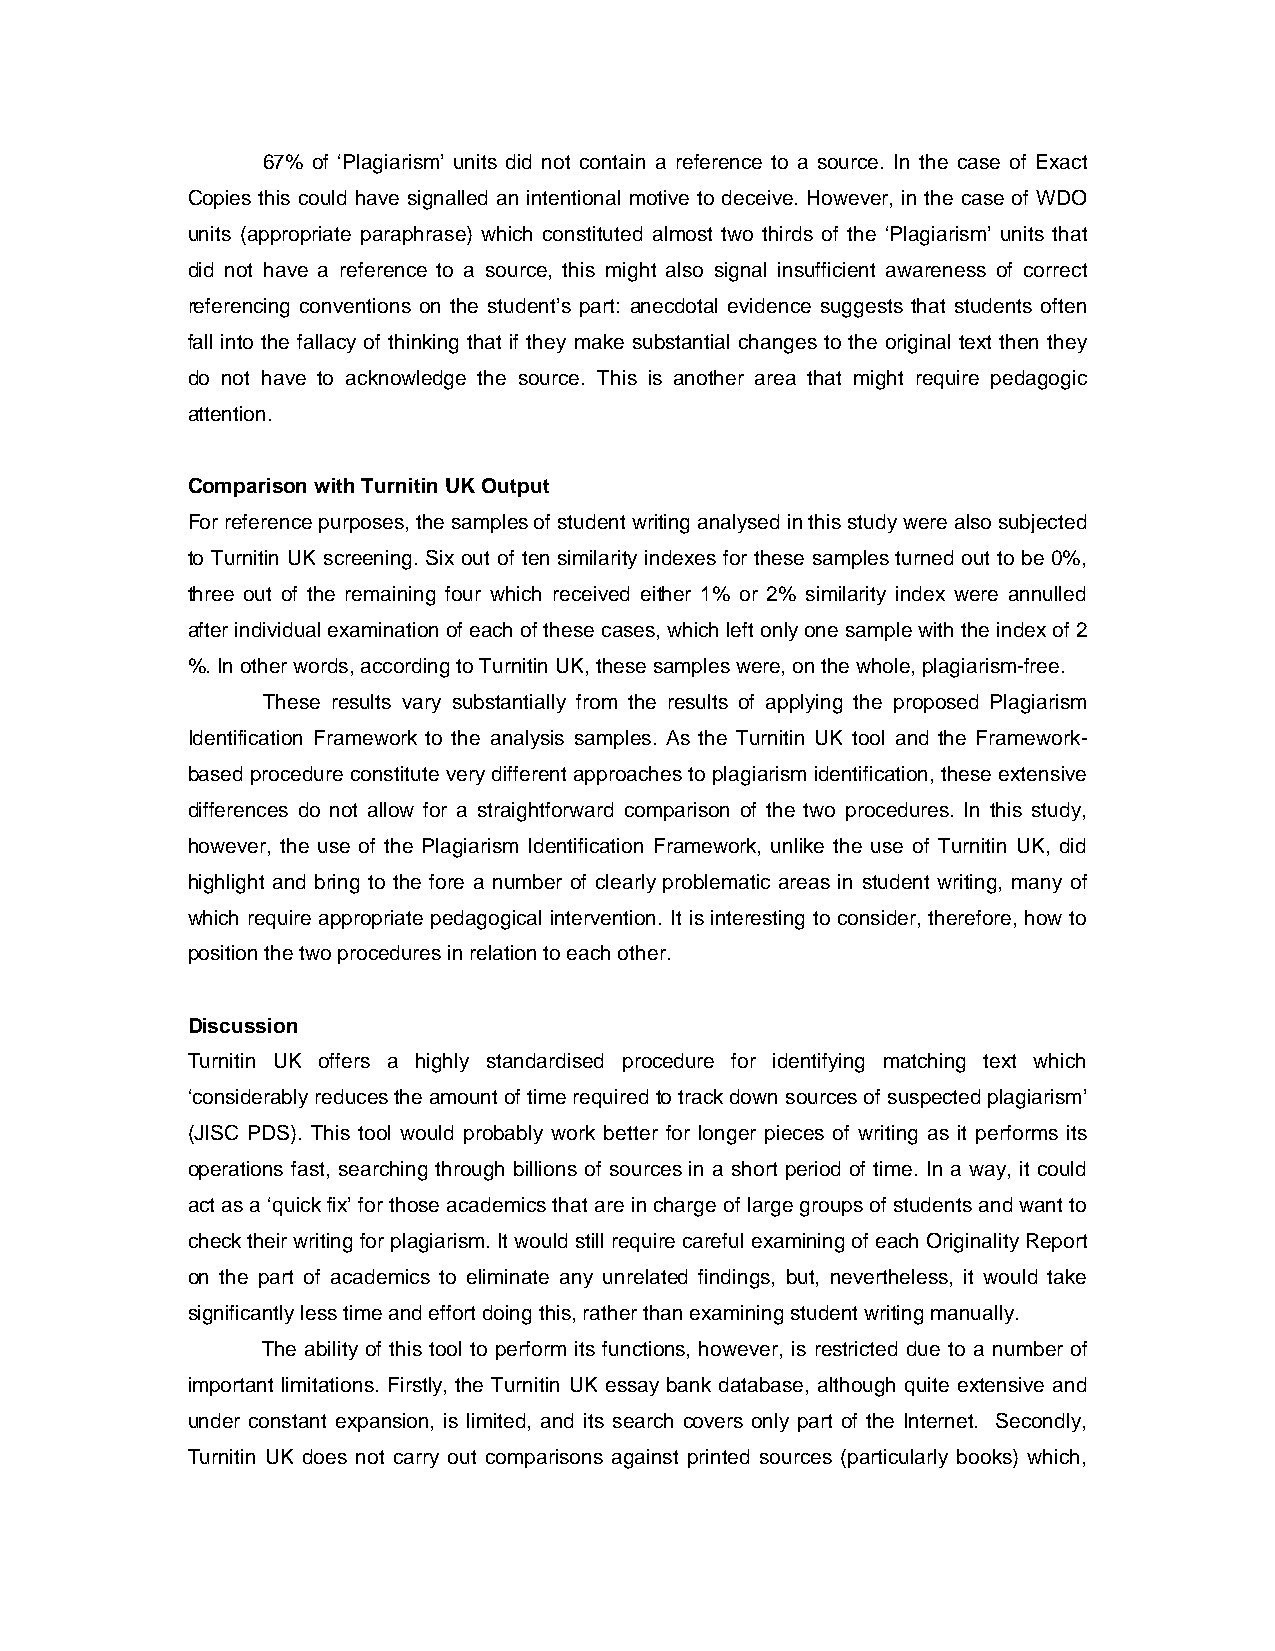
67% of ‘Plagiarism’ units did not contain a reference to a source. In the case of Exact
 Copies this could have signalled an intentional motive to deceive. However, in the case of WDO
 units (appropriate paraphrase) which constituted almost two thirds of the ‘Plagiarism’ units that
 did not have a reference to a source, this might also signal insufficient awareness of correct
 referencing conventions on the student’s part: anecdotal evidence suggests that students often
 fall into the fallacy of thinking that if they make substantial changes to the original text then they
 do not have to acknowledge the source. This is another area that might require pedagogic
 attention.
 Comparison with Turnitin UK Output
 For reference purposes, the samples of student writing analysed in this study were also subjected
 to Turnitin UK screening. Six out of ten similarity indexes for these samples turned out to be 0%,
 three out of the remaining four which received either 1% or 2% similarity index were annulled
 after individual examination of each of these cases, which left only one sample with the index of 2
 %. In other words, according to Turnitin UK, these samples were, on the whole, plagiarism-free.
 These results vary substantially from the results of applying the proposed Plagiarism
 Identification Framework to the analysis samples. As the Turnitin UK tool and the Framework-
 based procedure constitute very different approaches to plagiarism identification, these extensive
 differences do not allow for a straightforward comparison of the two procedures. In this study,
 however, the use of the Plagiarism Identification Framework, unlike the use of Turnitin UK, did
 highlight and bring to the fore a number of clearly problematic areas in student writing, many of
 which require appropriate pedagogical intervention. It is interesting to consider, therefore, how to
 position the two procedures in relation to each other.
 Discussion
 Turnitin UK offers a highly standardised procedure for identifying matching text which
 ‘considerably reduces the amount of time required to track down sources of suspected plagiarism’
 (JISC PDS). This tool would probably work better for longer pieces of writing as it performs its
 operations fast, searching through billions of sources in a short period of time. In a way, it could
 act as a ‘quick fix’ for those academics that are in charge of large groups of students and want to
 check their writing for plagiarism. It would still require careful examining of each Originality Report
 on the part of academics to eliminate any unrelated findings, but, nevertheless, it would take
 significantly less time and effort doing this, rather than examining student writing manually.
 The ability of this tool to perform its functions, however, is restricted due to a number of
 important limitations. Firstly, the Turnitin UK essay bank database, although quite extensive and
 under constant expansion, is limited, and its search covers only part of the Internet. Secondly,
 Turnitin UK does not carry out comparisons against printed sources (particularly books) which,